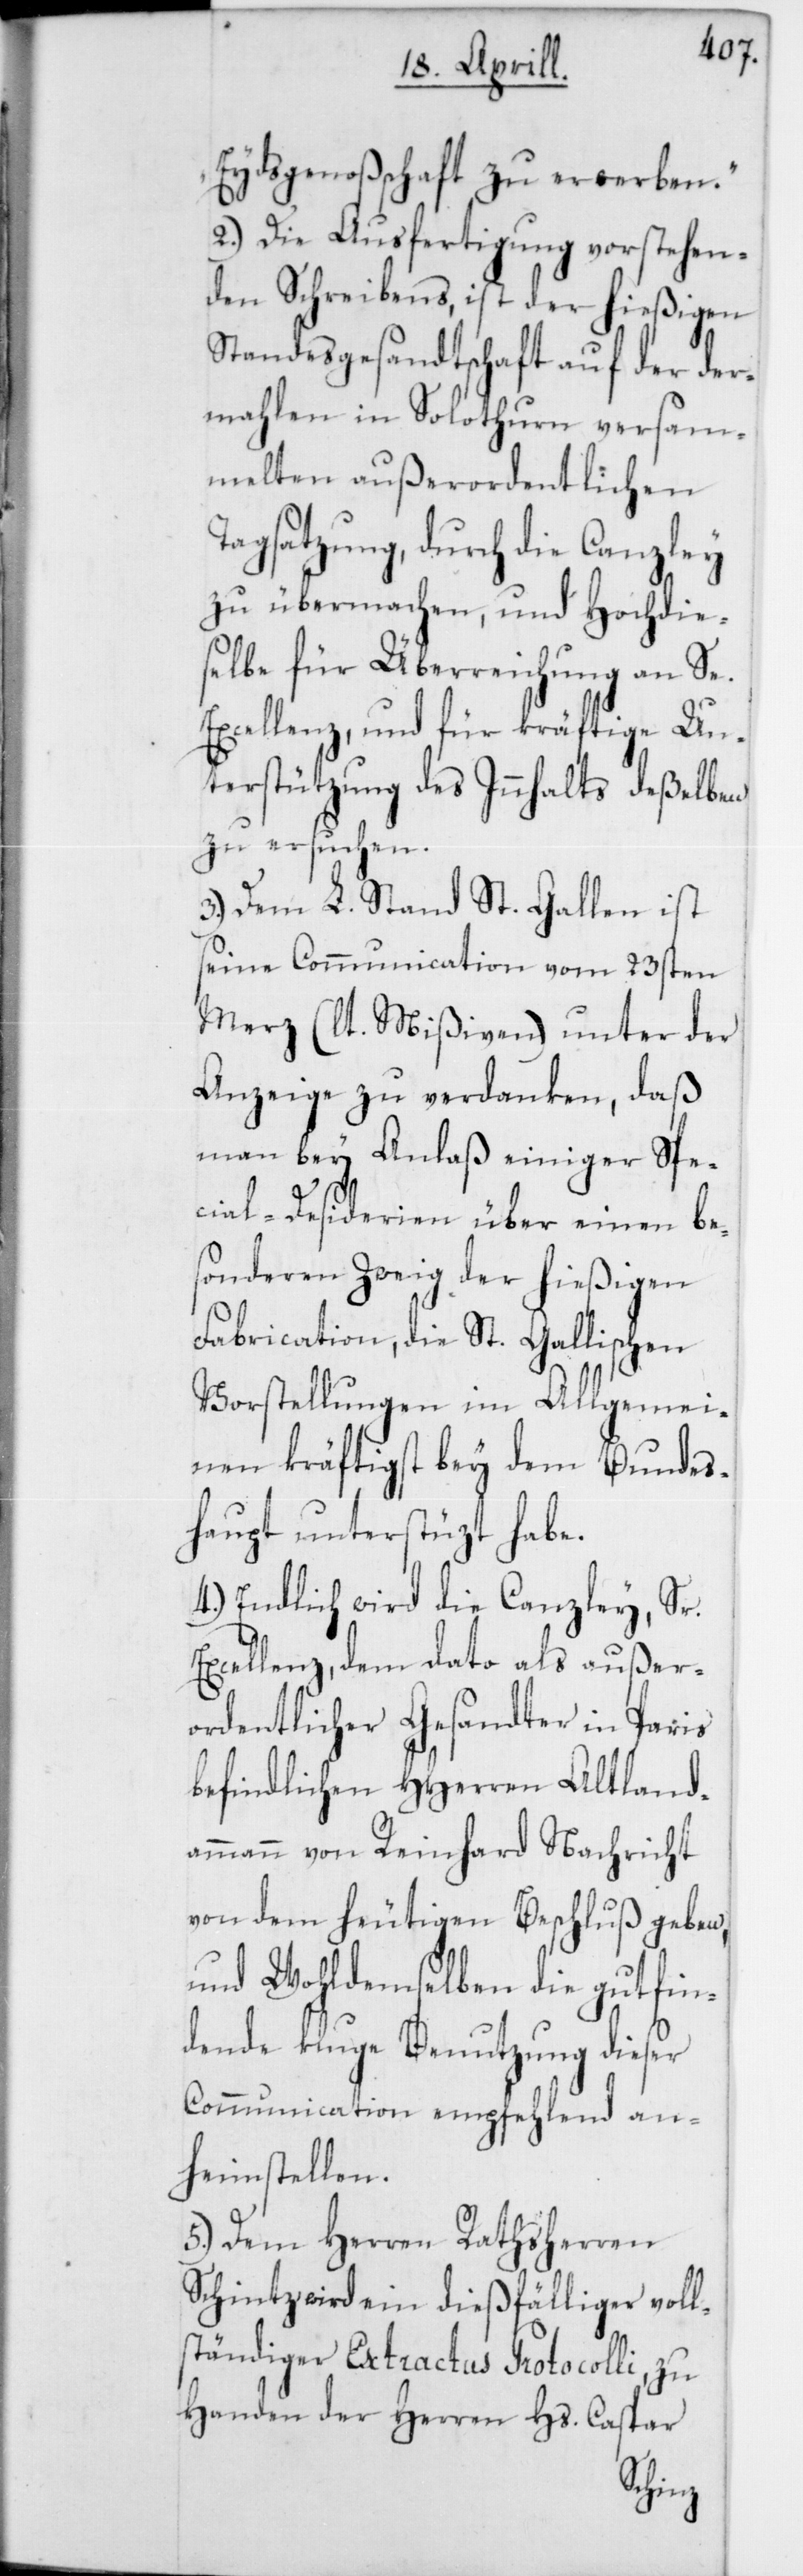
Eydsgenoßenschaft zu erwerben.“
2.) Die Ausfertigung vorstehen¬
den Schreibens, ist der hießigen
Standesgesandtschaft auf der der¬
mahlen in Solothurn versam¬
melten außerordentlichen
Tagsatzung, durch die Canzley
zu übermachen, und Hochdie¬
selbe für Überreichung an Se.
Excellenz, und für kräftige Un¬
terstützung des Innhalts deßelben
zu ersuchen.
3.) Dem L. Stand St. Gallen ist
seine Communication vom 23sten
Merz (lt. Mißiven) unter der
Anzeige zu verdanken, daß
man bey Anlaß einiger Spe¬
cial-Desiderien über einen be¬
sonderen Zweig der hießigen
Fabrication, die St. Gallischen
Vorstellungen im Allgemei¬
nen kräftigst bey dem Bundes¬
haupt unterstüzt habe.
4.) Endlich wird die Canzley, Sr.
Excellenz, dem dato als außer¬
ordentlicher Gesandter in Paris
befindlichen HHerren Altlanda¬
mmann von Reinhard Nachricht
von dem heutigen Beschluß geben,
und Wohldemselben die gutfin¬
dende kluge Benutzung dieser
Communication empfehlend an¬
heimstellen.
5.) Dem Herren Rathsherren
Schintz wird ein dießfälliger voll¬
ständiger Extractus Protocolli, zu
Handen der Herren Hs. Caspar